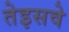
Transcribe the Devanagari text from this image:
तेइसवे